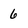
Character: 6